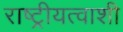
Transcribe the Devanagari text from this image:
राष्ट्रीयत्वाशी